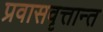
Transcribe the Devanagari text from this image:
प्रवासवृत्तान्त